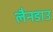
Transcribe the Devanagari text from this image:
लैनडाउ